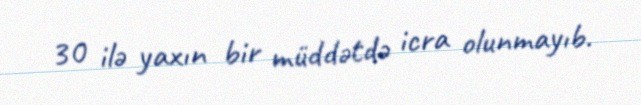
30 ilə yaxın bir müddətdə icra olunmayıb.